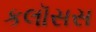
કલૉસસ